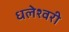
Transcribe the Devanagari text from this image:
धलेश्वरी